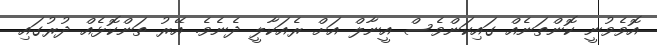
އޮވެވުނީ ކޮންތަނެއް ގައިކަންވެސް އީނާލް އަށް ރެއަކާލީ ދެނެވެ. އޭރު ތަންކޮޅެއް ދުރުގައި